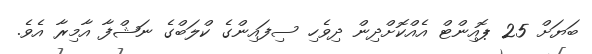
ބަޔަށް 25 ޕޮއިންޓް އެއްކޮށްދިން ދިވެހި ސިފައިންގެ ކްލަބްގެ ނަޝްފާ އާމިރާ އެވެ.